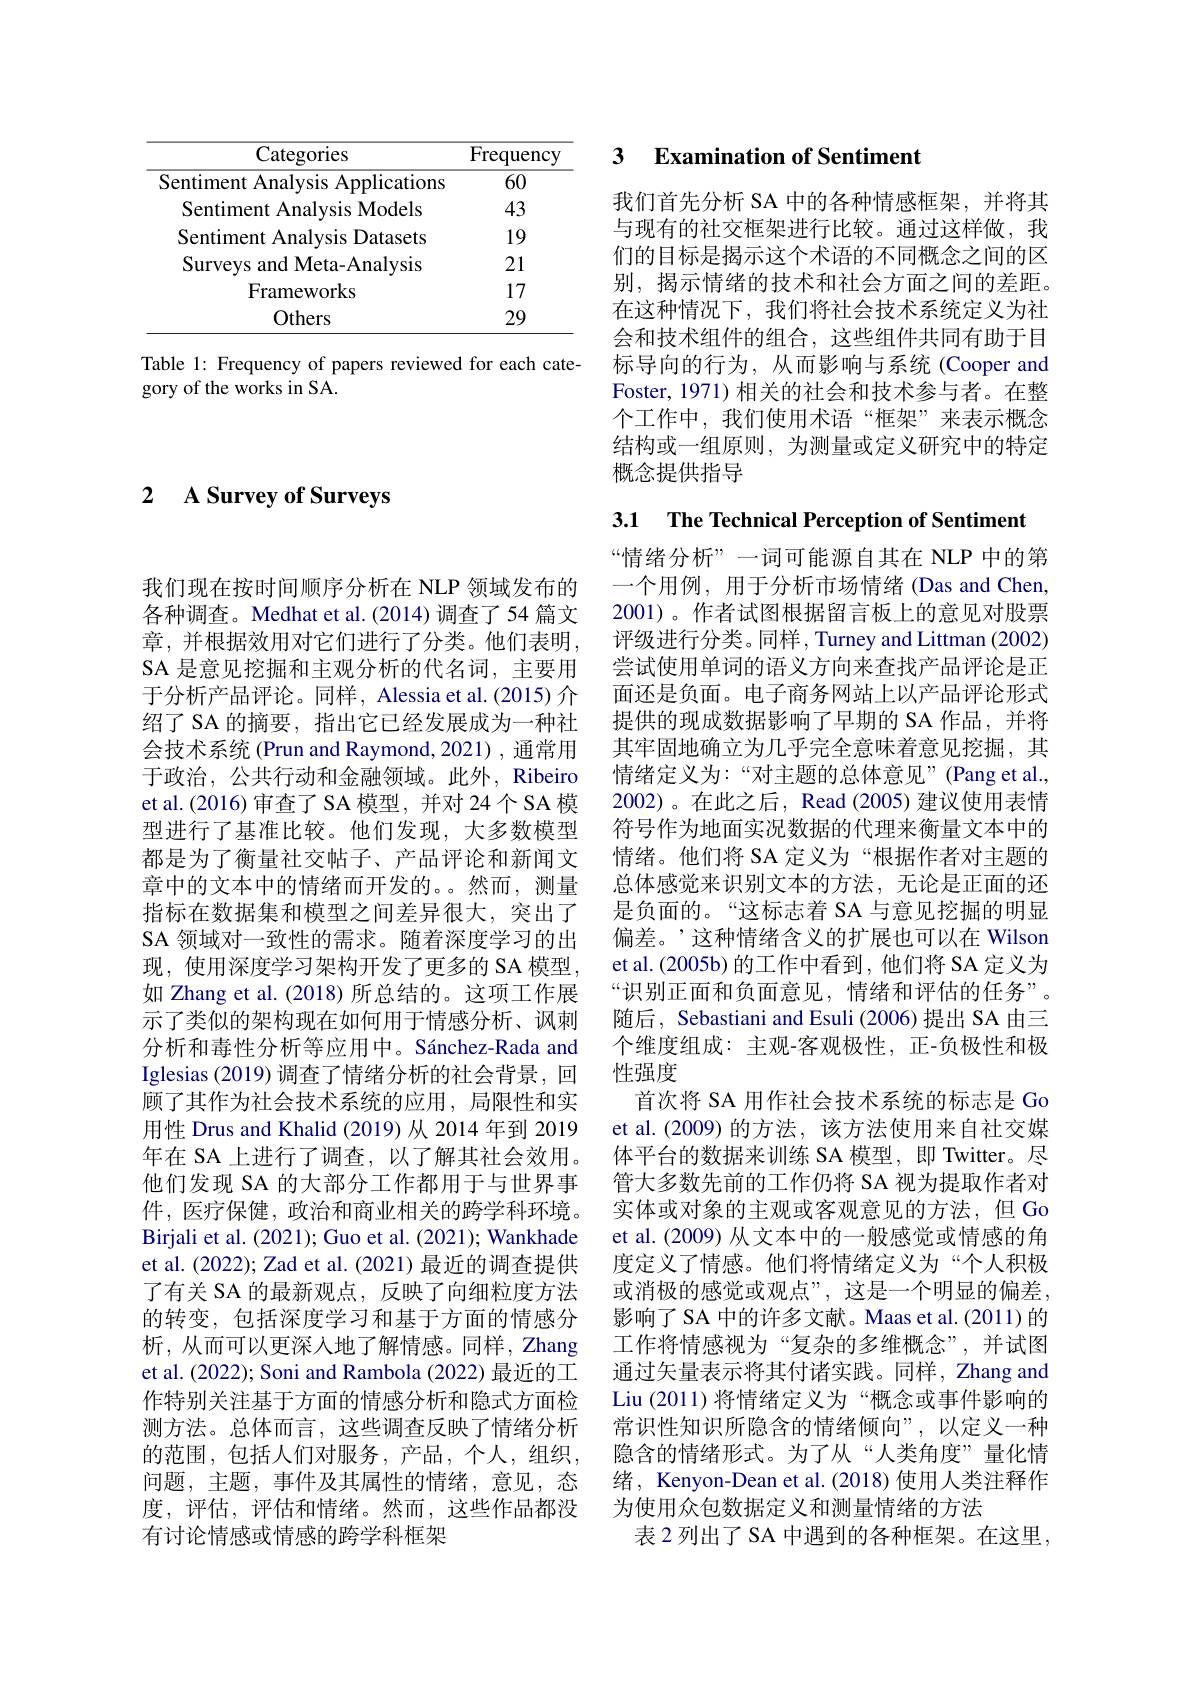
2 $\textbf{A Survey of Surveys}$

<table>
	<tbody>
		<tr>
			<th>Categories</th>
			<th>Frequency</th>
		</tr>
		<tr>
			<td>Sentiment Analysis Applications</td>
			<td>60</td>
		</tr>
		<tr>
			<td>Sentiment Analysis Models</td>
			<td>43</td>
		</tr>
		<tr>
			<td>Sentiment Analvsis s Datasets</td>
			<td>19</td>
		</tr>
		<tr>
			<td>Survevs and Meta-Analvsis</td>
			<td>21</td>
		</tr>
		<tr>
			<td>Frameworks</td>
			<td>17</td>
		</tr>
		<tr>
			<td>Others</td>
			<td>29</td>
		</tr>
	</tbody>
</table>

Table 1: Frequency of papers reviewed for each cate-
gory of the works in SA.

我们现在按时间顺序分析在 NLP 领域发布的各种调查。Medhat et al.(2014)调查了54 篇文章，并根据效用对它们进行了分类。他们表明， SA 是意见挖掘和主观分析的代名词，主要用于分析产品评论。同样，Alessia et al.(2015) 介绍了 SA 的摘要，指出它已经发展成为一种社会技术系统 (Prun and Raymond, 2021) , 通常用于政治，公共行动和金融领域。此外，Ribeiro et al.(2016) 审查了 SA 模型，并对 24 个 SA 模型进行了基准比较。他们发现，大多数模型都是为了衡量社交帖子、产品评论和新闻文章中的文本中的情绪而开发的。。然而，测量指标在数据集和模型之间差异很大，突出了SA 领域对一致性的需求。随着深度学习的出现，使用深度学习架构开发了更多的 SA 模型， 如 Zhang et al. (2018) 所总结的。这项工作展示了类似的架构现在如何用于情感分析、讽刺分析和毒性分析等应用中。Sánchez-Rada and Iglesias (2019) 调查了情绪分析的社会背景，回顾了其作为社会技术系统的应用，局限性和实用性 Drus and Khalid (2019) 从 2014 年到 2019年在 SA 上进行了调查，以了解其社会效用。他们发现 SA 的大部分工作都用于与世界事件，医疗保健，政治和商业相关的跨学科环境。Birjali et al. (2021); Guo et al. (2021); Wankhade et al. (2022); Zad et al. (2021) 最近的调查提供了有关 SA 的最新观点，反映了向细粒度方法的转变，包括深度学习和基于方面的情感分析，从而可以更深入地了解情感。同样，Zhang et al. (2022); Soni and Rambola (2022) 最近的工作特别关注基于方面的情感分析和隐式方面检测方法。总体而言，这些调查反映了情绪分析的范围，包括人们对服务，产品，个人，组织， 问题，主题，事件及其属性的情绪，意见，态度，评估，评估和情绪。然而，这些作品都没有讨论情感或情感的跨学科框架

### 3 $\textbf{Examination of Sentimen}$

我们首先分析 SA 中的各种情感框架，并将其与现有的社交框架进行比较。通过这样做，我们的目标是揭示这个术语的不同概念之间的区别，揭示情绪的技术和社会方面之间的差距。在这种情况下，我们将社会技术系统定义为社会和技术组件的组合，这些组件共同有助于目标导向的行为，从而影响与系统(Cooper and Foster, 1971) 相关的社会和技术参与者。在整个工作中，我们使用术语“框架”来表示概念结构或一组原则，为测量或定义研究中的特定概念提供指导

3.1 The Technical Perception of Sentiment

“情绪分析”一词可能源自其在 NLP 中的第一个用例，用于分析市场情绪(Das and Chen, 2001)。作者试图根据留言板上的意见对股票评级进行分类。同样 , Turney and Littman (2002) 尝试使用单词的语义方向来查找产品评论是正面还是负面。电子商务网站上以产品评论形式提供的现成数据影响了早期的 SA 作品，并将其牢固地确立为几乎完全意味着意见挖掘，其情绪定义为：“对主题的总体意见”(Pang et al., 2002)。在此之后，Read (2005)建议使用表情符号作为地面实况数据的代理来衡量文本中的情绪。他们将 SA 定义为“根据作者对主题的总体感觉来识别文本的方法，无论是正面的还是负面的。“这标志着 SA 与意见挖掘的明显偏差。’这种情绪含义的扩展也可以在 Wilson et al.(2005b) 的工作中看到，他们将 SA 定义为“识别正面和负面意见，情绪和评估的任务”。随后，Sebastiani and Esuli (2006)提出 SA 由三个维度组成：主观-客观极性，正-负极性和极性强度
首次将 SA 用作社会技术系统的标志是 Go et al.(2009)的方法，该方法使用来自社交媒体平台的数据来训练 SA 模型，即 Twitter。尽管大多数先前的工作仍将 SA 视为提取作者对实体或对象的主观或客观意见的方法，但 Go et al.(2009) 从文本中的一般感觉或情感的角度定义了情感。他们将情绪定义为“个人积极或消极的感觉或观点”,这是一个明显的偏差， 影响了 SA 中的许多文献。Maas et al.(2011) 的工作将情感视为“复杂的多维概念”,并试图通过矢量表示将其付诸实践。同样，Zhang and Liu (2011)将情绪定义为“概念或事件影响的常识性知识所隐含的情绪倾向”,以定义一种隐含的情绪形式。为了从“人类角度”量化情绪，Kenyon-Dean et al.(2018) 使用人类注释作为使用众包数据定义和测量情绪的方法
表 2 列出了 SA 中遇到的各种框架。在这里